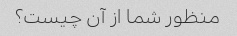
منظور شما از آن چیست؟